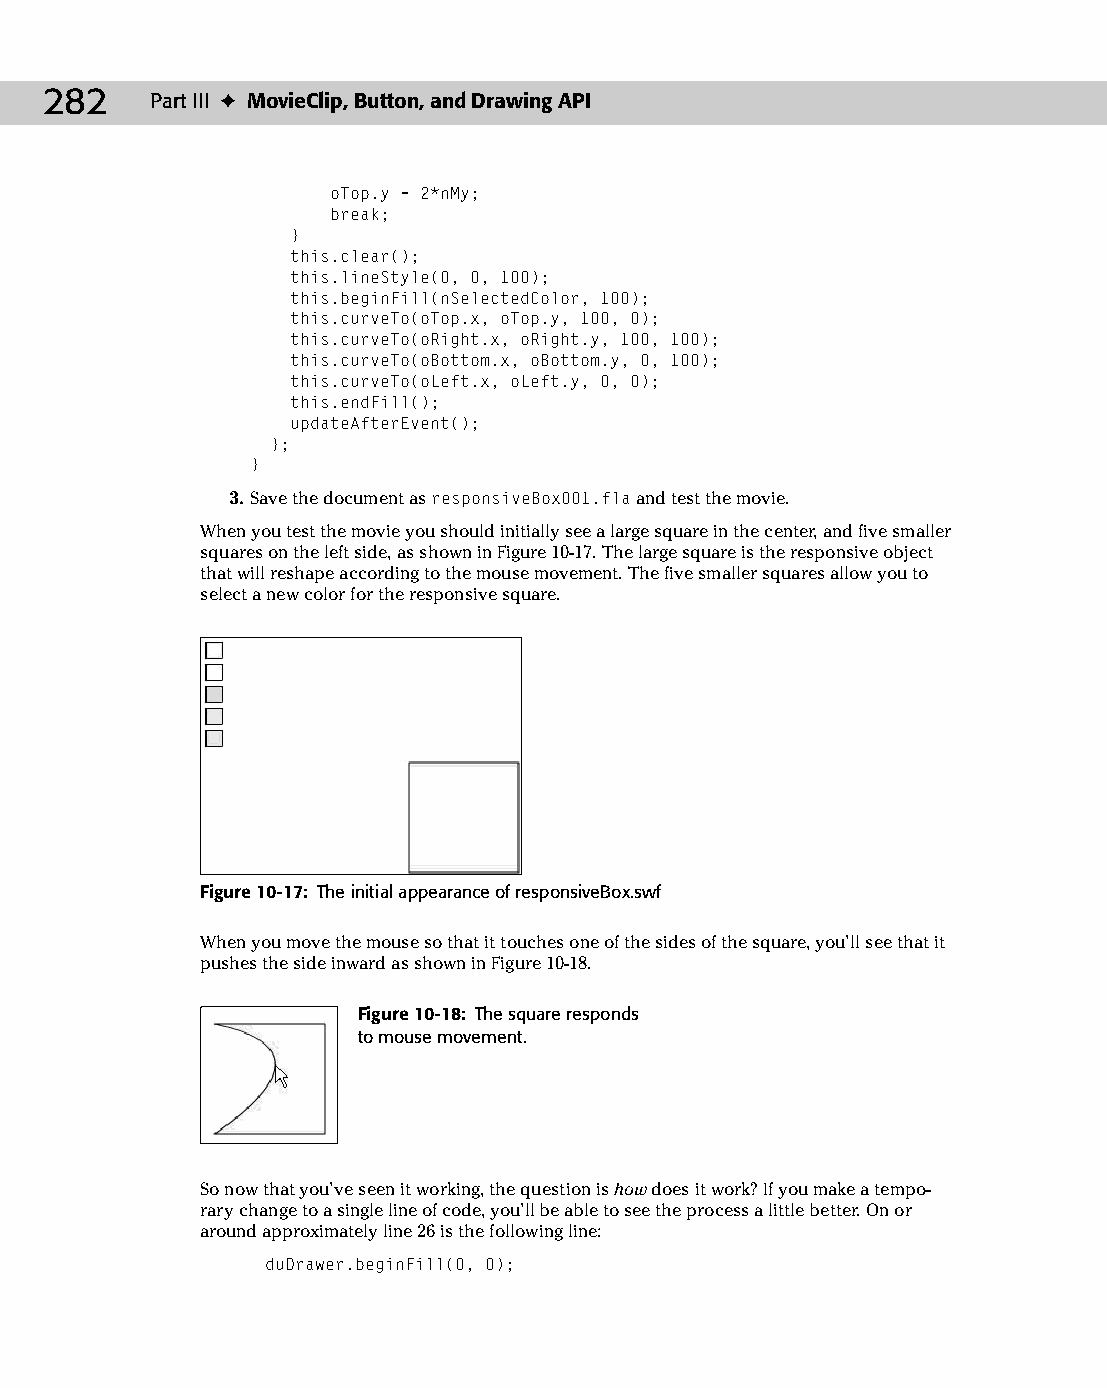
14 543547 ch10.qxd 3/24/04 3:49 PM Page 282
 282    Part III ✦ MovieClip, Button, and Drawing API
 oTop.y = 2*nMy;
 break;
 }
 this.clear();
 this.lineStyle(0, 0, 100);
 this.beginFill(nSelectedColor, 100);
 this.curveTo(oTop.x, oTop.y, 100, 0);
 this.curveTo(oRight.x, oRight.y, 100, 100);
 this.curveTo(oBottom.x, oBottom.y, 0, 100);
 this.curveTo(oLeft.x, oLeft.y, 0, 0);
 this.endFill();
 updateAfterEvent();
 };
 }
 3. Save the document as responsiveBox001.fla and test the movie.
 When you test the movie you should initially see a large square in the center, and five smaller
 squares on the left side, as shown in Figure 10-17. The large square is the responsive object
 that will reshape according to the mouse movement. The five smaller squares allow you to
 select a new color for the responsive square.
 Figure 10-17: The initial appearance of responsiveBox.swf
 When you move the mouse so that it touches one of the sides of the square, you’ll see that it
 pushes the side inward as shown in Figure 10-18.
 Figure 10-18: The square responds
 to mouse movement.
 So now that you’ve seen it working, the question is how does it work? If you make a tempo­
 rary change to a single line of code, you’ll be able to see the process a little better. On or
 around approximately line 26 is the following line:
 duDrawer.beginFill(0, 0);